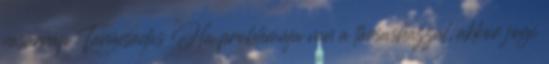
vasárnap Tanácsadás Ha problémája van a társasházzal, akkor jogi